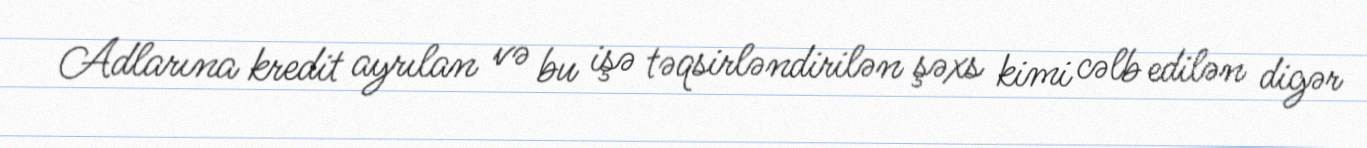
Adlarına kredit ayrılan və bu işə təqsirləndirilən şəxs kimi cəlb edilən digər